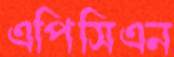
এপিসিএন